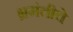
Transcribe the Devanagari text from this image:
भ्रमंतीचे